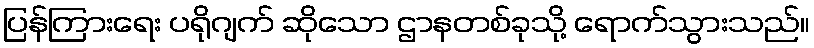
ပြန်ကြားရေး ပရိုဂျက် ဆိုသော ဌာနတစ်ခုသို့ ရောက်သွားသည်။